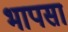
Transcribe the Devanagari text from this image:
भापसा